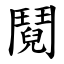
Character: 鬩